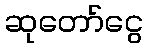
ဆုတော်ငွေ